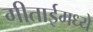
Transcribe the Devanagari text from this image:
गीताईमध्ये